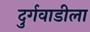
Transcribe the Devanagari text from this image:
दुर्गवाडीला